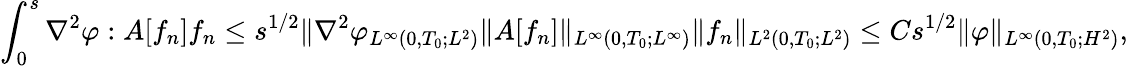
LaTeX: \int_{0}^{s}\nabla^{2}\varphi:A[f_{n}]f_{n}\le s^{1/2}\| \nabla^{2}\varphi_{L^{\infty}(0,T_{0};L^{2})}\| A[f_{n}]\| _{L^{\infty}(0,T_{0};L^{\infty})}\| f_{n}\| _{L^{2}(0,T_{0};L^{2})}\le Cs^{1/2}\| \varphi\| _{L^{\infty}(0,T_{0};H^{2})},